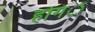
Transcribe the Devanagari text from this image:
होगंें